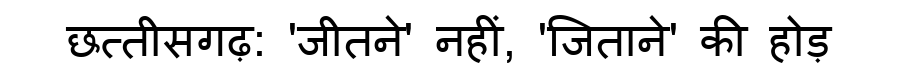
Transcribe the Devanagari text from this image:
छत्तीसगढ़: 'जीतने' नहीं, 'जिताने' की होड़